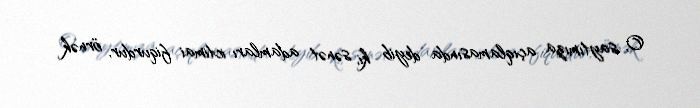
O, saytımıza açıqlamasında deyib ki, sənət adamları ictimai fiqurdur, örnək